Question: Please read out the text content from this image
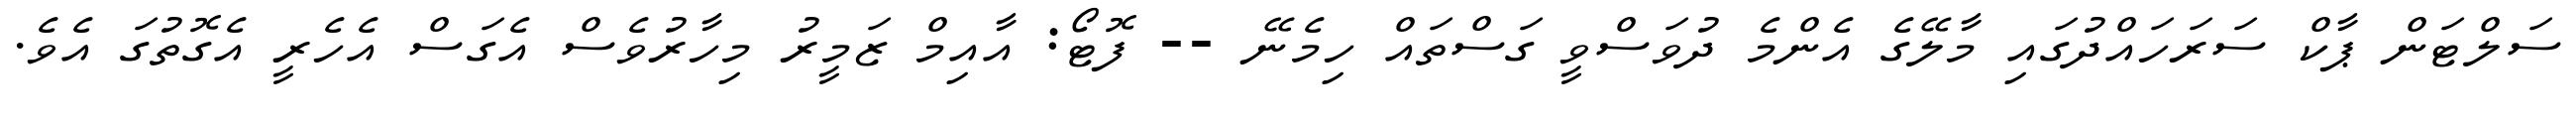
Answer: ސަލްޓަން ޕާކް ސަރަހައްދުގައި މާލޭގެ އެންމެ ދުވަސްވީ ގަސްތައް ހިމެނޭ -- ފޮޓޯ: އާއިމް ޒަމީރު މިހާރުވެސް އެގަސް އެހެރީ އެގޮތުގަ އެވެ.